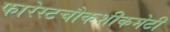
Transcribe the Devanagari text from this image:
फारेस्टचौकशीकमेटी